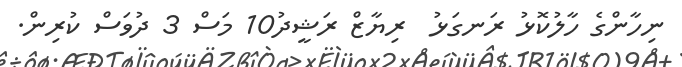
ނިހާންގެ ހާލުކޮޅު ރަނގަޅު  ރިޔާޒް ރަޝީދު10 މަސް 3 ދުވަސް ކުރިން.